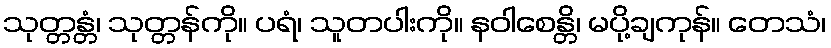
သုတ္တန္တံ၊ သုတ္တန်ကို။ ပရံ၊ သူတပါးကို။ နဝါစေန္တိ၊ မပို့ချကုန်။ တေသံ၊